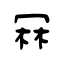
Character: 冧